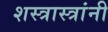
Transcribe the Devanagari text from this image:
शस्त्रास्त्रांनी